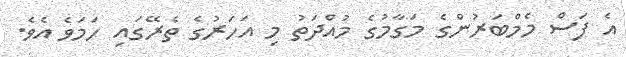
އެ ފަސް މެމްބަރުންގެ މަގާމުގެ މުއްދަތު މި އަހަރުގެ ތެރޭގައި ހަމަވެ އެވެ.